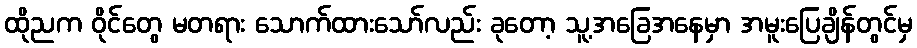
ထိုညက ဝိုင်တွေ မတရား သောက်ထားသော်လည်း ခုတော့ သူ့အခြေအနေမှာ အမူးပြေချိန်တွင်မှ